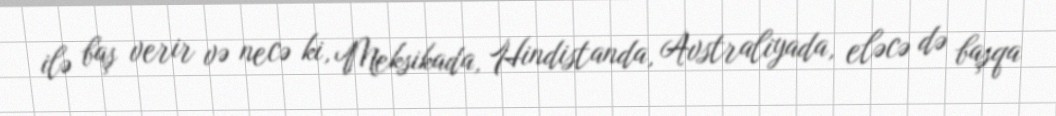
ilə baş verir və necə ki, Meksikada, Hindistanda, Avstraliyada, eləcə də başqa